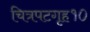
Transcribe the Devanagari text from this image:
चित्रपटगृह१०